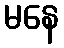
မနေ